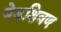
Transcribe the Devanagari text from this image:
बेडशिवण